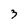
Character: 3